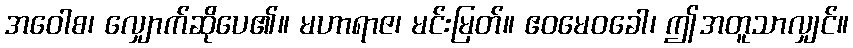
အဝေါစ၊ လျှောက်ဆိုပေ၏။ မဟာရာဇ၊ မင်းမြတ်။ ဧဝမေဝခေါ၊ ဤအတူသာလျှင်။